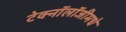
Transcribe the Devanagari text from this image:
टेक्नॉलॉजीमधे